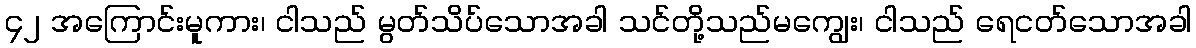
၄၂ အကြောင်းမူကား၊ ငါသည် မွတ်သိပ်သောအခါ သင်တို့သည်မကျွေး၊ ငါသည် ရေငတ်သောအခါ